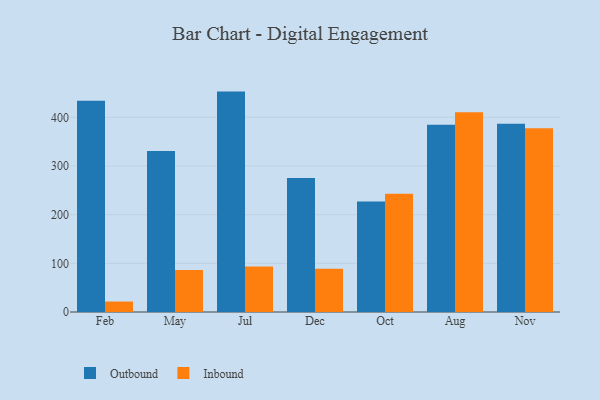
{"axis": {"x": "Month", "y": "Tickets Resolved"}, "legend": ["Inbound", "Outbound"], "data": [{"x": "Feb", "y": 433.8, "type": "Outbound"}, {"x": "Feb", "y": 21.5, "type": "Inbound"}, {"x": "May", "y": 330.9, "type": "Outbound"}, {"x": "May", "y": 86.5, "type": "Inbound"}, {"x": "Jul", "y": 452.8, "type": "Outbound"}, {"x": "Jul", "y": 93.4, "type": "Inbound"}, {"x": "Dec", "y": 275.5, "type": "Outbound"}, {"x": "Dec", "y": 88.9, "type": "Inbound"}, {"x": "Oct", "y": 227.0, "type": "Outbound"}, {"x": "Oct", "y": 242.7, "type": "Inbound"}, {"x": "Aug", "y": 384.8, "type": "Outbound"}, {"x": "Aug", "y": 410.4, "type": "Inbound"}, {"x": "Nov", "y": 386.8, "type": "Outbound"}, {"x": "Nov", "y": 377.6, "type": "Inbound"}]}